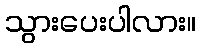
သွားပေးပါလား။